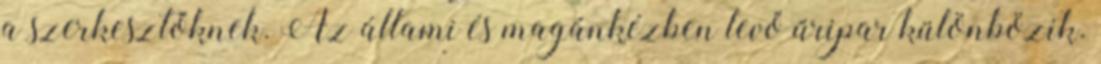
a szerkesztőknek. Az állami és magánkézben levő űripar különbözik.